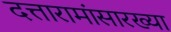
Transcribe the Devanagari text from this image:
दत्तारामांसारख्या